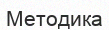
Методика